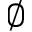
\emptyset